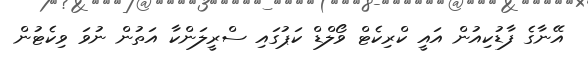
އޭނާގެ ފާޑުކިއުން އައީ ކްރިކެޓް ވޯލްޑް ކަޕުގައި ސްރީލަންކާ އަތުން ނުވަ ވިކެޓުން